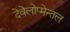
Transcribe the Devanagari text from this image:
देवेलोप्मेन्तल